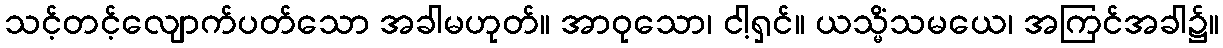
သင့်တင့်လျောက်ပတ်သော အခါမဟုတ်။ အာဝုသော၊ ငါ့ရှင်။ ယသ္မိံသမယေ၊ အကြင်အခါ၌။